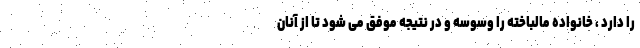
را دارد ، خانواده مالباخته را وسوسه و در نتیجه موفق می شود تا از آنان